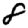
Digit: 8